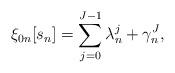
LaTeX: \begin{align*} \xi _{0n}[s_n]=\sum_{j=0}^{J-1}\lambda^j_n +\gamma^J_n ,\end{align*}